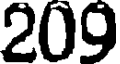
209